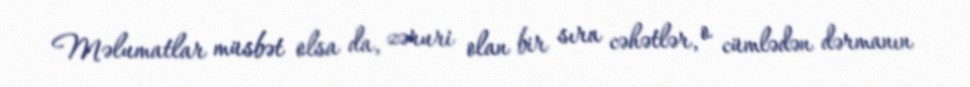
Məlumatlar müsbət olsa da, zəruri olan bir sıra cəhətlər, o cümlədən dərmanın